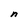
Character: n